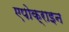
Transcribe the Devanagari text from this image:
एपोक्राइन